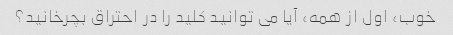
خوب، اول از همه، آیا می توانید کلید را در احتراق بچرخانید؟